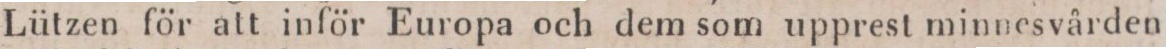
Lützen för att inför Europa och dem som upprest minnesvården